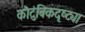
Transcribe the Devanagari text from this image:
कौटुंबिकदृष्ट्या